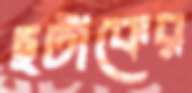
ছটাকের